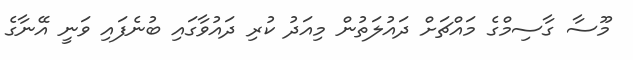
މޫސާ ގާސިމްގެ މައްޗަށް ދައުލަތުން މިއަދު ކުރި ދައުވާގައި ބުނެފައި ވަނީ އޭނާގެ